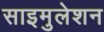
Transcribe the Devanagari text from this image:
साइमुलेशन